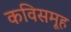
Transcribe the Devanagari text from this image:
कविसमूह